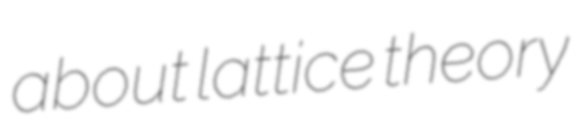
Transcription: about lattice theory